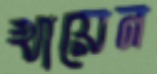
খায়েন